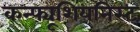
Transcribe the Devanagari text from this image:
कन्फ्यूशियनिस्ट